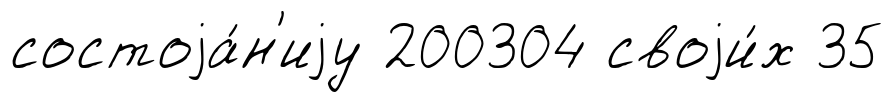
состоjа́н'иjу 200304 своjи́х 35